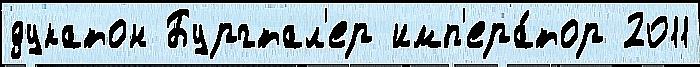
дукатон Бургтал'ер имп'ера́тор 2011